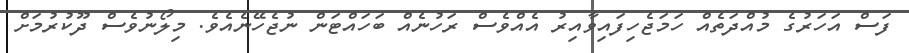
ފަސް އަހަރުގެ މުއްދަތެއް ހަމަޖެހިފައިވާއިރު އެއްވެސް ރަހުނެއް ބަހައްޓަން ނުޖެހޭނެއެވެ. މިލޯނުވެސް ދޫކުރުމަށް